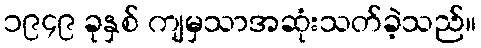
၁၉၄၉ ခုနှစ် ကျမှသာအဆုံးသတ်ခဲ့သည်။